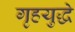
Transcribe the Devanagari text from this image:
गृहयुद्धे